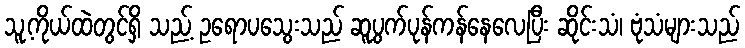
သူ့ကိုယ်ထဲတွင်ရှိ သည့် ဥရောပသွေးသည် ဆူပွက်ပုန်ကန်နေလေပြီး ဆိုင်းသံ၊ ဗုံသံများသည်